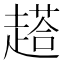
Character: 𲃑